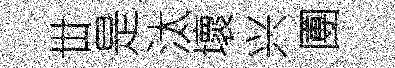
丗是汰壞兴圑